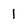
Character: 1